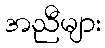
အညီများ